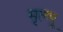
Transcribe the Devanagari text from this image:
मृत्य्पू